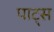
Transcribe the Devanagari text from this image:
पाट्स